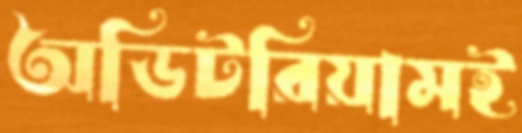
অডিটরিয়ামই